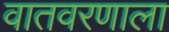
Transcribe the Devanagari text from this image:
वातवरणाला